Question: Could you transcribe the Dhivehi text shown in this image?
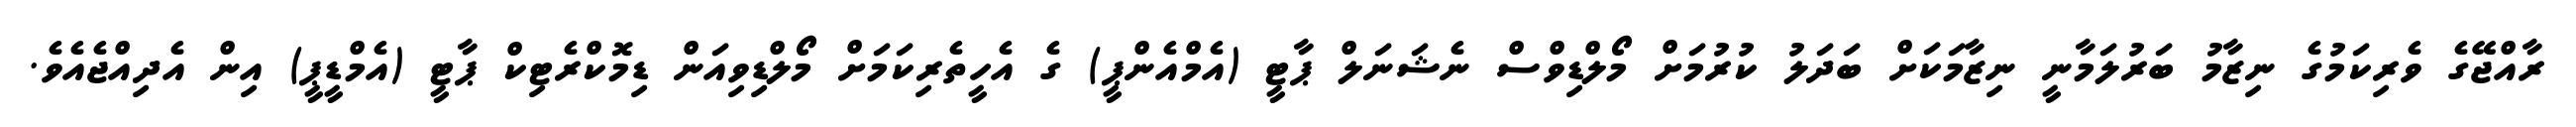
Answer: ރާއްޖޭގެ ވެރިކަމުގެ ނިޒާމު ބަރުލަމާނީ ނިޒާމަކަށް ބަދަލު ކުރުމަށް މޯލްޑިވްސް ނެޝަނަލް ޕާޓީ (އެމްއެންޕީ) ގެ އެހީތެރިކަމަށް މޯލްޑިވިއަން ޑިމޮކްރެޓިކް ޕާޓީ (އެމްޑީޕީ) އިން އެދިއްޖެއެވެ.